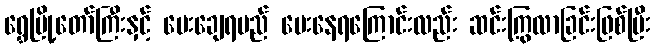
ရွှေမြို့တော်ကြီးနှင့် ပေးချေရမည် ပေးနေရကြောင်းလည်း ဆင်းကြွလာခြင်းဖြစ်ပြီး